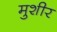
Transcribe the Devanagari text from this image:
मुशीर